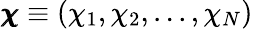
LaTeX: \pmb{\chi}\equiv(\chi_{1},\chi_{2},...,\chi_{N})